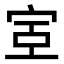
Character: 𫳇